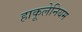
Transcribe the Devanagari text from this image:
हाकूलेनियम